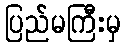
ပြည်မကြီးမှ